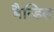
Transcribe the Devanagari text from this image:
बैन्डिस